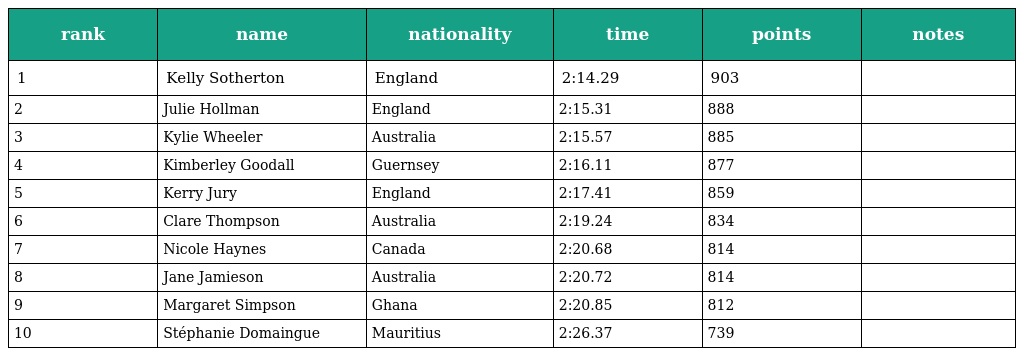
| rank | name | nationality | time | points | notes |
 | --- | --- | --- | --- | --- | --- |
 | 1 | Kelly Sotherton | England | 2:14.29 | 903 |  |
 | 2 | Julie Hollman | England | 2:15.31 | 888 |  |
 | 3 | Kylie Wheeler | Australia | 2:15.57 | 885 |  |
 | 4 | Kimberley Goodall | Guernsey | 2:16.11 | 877 |  |
 | 5 | Kerry Jury | England | 2:17.41 | 859 |  |
 | 6 | Clare Thompson | Australia | 2:19.24 | 834 |  |
 | 7 | Nicole Haynes | Canada | 2:20.68 | 814 |  |
 | 8 | Jane Jamieson | Australia | 2:20.72 | 814 |  |
 | 9 | Margaret Simpson | Ghana | 2:20.85 | 812 |  |
 | 10 | Stéphanie Domaingue | Mauritius | 2:26.37 | 739 |  |